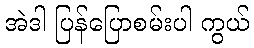
အဲဒါ ပြန်ပြောစမ်းပါ ကွယ်